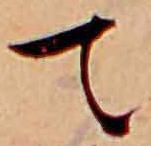
て